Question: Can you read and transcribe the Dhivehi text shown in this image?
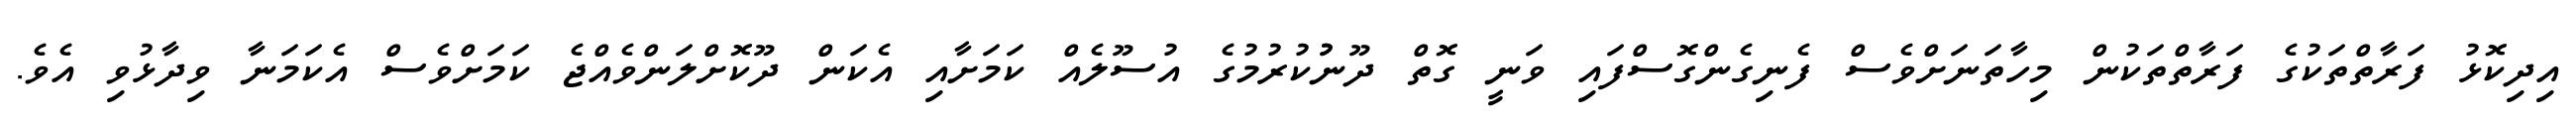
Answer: އިދިކޮޅު ފަރާތްތަކުގެ ފަރާތްތަކުން މިހާތަނަށްވެސް ފެނިގެންގޮސްފައި ވަނީ ގޮތް ދޫނުުކުރުމުގެ އުސޫލެއް ކަމަށާއި އެކަން ދޫކޮށްލަންވެއްޖެ ކަމަށްވެސް އެކަމަނާ ވިދާޅުވި އެވެ.